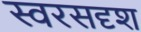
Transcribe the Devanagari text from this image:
स्वरसदृश